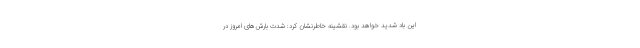
این باد شدید خواهد بود. نقشینه خاطرنشان کرد: شدت بارش‌های امروز در